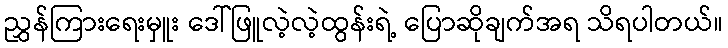
ညွှန်ကြားရေးမှူး ဒေါ်ဖြူလဲ့လဲ့ထွန်းရဲ့ ပြောဆိုချက်အရ သိရပါတယ်။